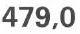
479,0